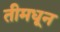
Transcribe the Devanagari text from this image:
तीमधून